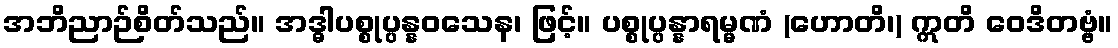
အဘိညာဉ်စိတ်သည်။ အဒ္ဓါပစ္စုပ္ပန္နဝသေန၊ ဖြင့်။ ပစ္စုပ္ပန္နာရမ္မဏံ (ဟောတိ၊) ဣတိ ဝေဒိတဗ္ဗံ။